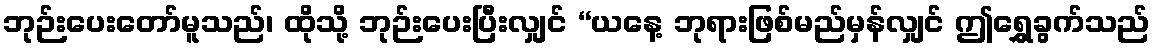
ဘုဉ်းပေးတော်မူသည်၊ ထိုသို့ ဘုဉ်းပေးပြီးလျှင် “ယနေ့ ဘုရားဖြစ်မည်မှန်လျှင် ဤရွှေခွက်သည်